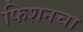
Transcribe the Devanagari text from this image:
फिशनचा